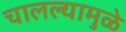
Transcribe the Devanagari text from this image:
चालल्यामुळे